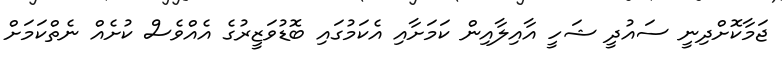
ޖަމާކޮށްދިނީ ސައުދީ ޝަހީ އާއިލާއިން ކަމަށާއި އެކަމުގައި ބޮޑުވަޒީރުގެ އެއްވެސް ކުށެއް ނެތްކަމަށް